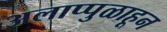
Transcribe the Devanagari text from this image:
अलाप्पुळाहून